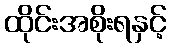
ထိုင်းအစိုးရနှင့်